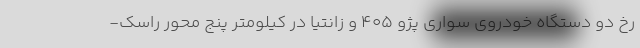
رخ دو دستگاه خودروی سواری پژو 405 و زانتیا در کیلومتر پنج محور راسک-